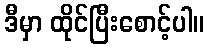
ဒီမှာ ထိုင်ပြီးစောင့်ပါ။